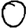
Digit: 0